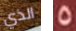
الذي 5